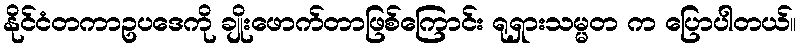
နိုင်ငံတကာဥပဒေကို ချိုးဖောက်တာဖြစ်ကြောင်း ရုရှားသမ္မတ က ပြောပါတယ်။